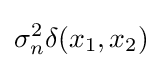
\sigma _{n}^{2}\delta (x_{1},x_{2})